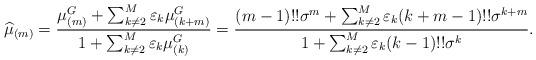
LaTeX: \begin{align*}\widehat{\mu}_{(m)}=\frac{\mu_{(m)}^{G}+\sum_{k \neq 2}^{M} \varepsilon_{k} \mu_{(k+m)}^{G}}{1+\sum_{k \neq 2}^{M} \varepsilon_{k} \mu_{(k)}^{G}}=\frac{(m-1)!!\sigma^{m}+\sum_{k \neq 2}^{M} \varepsilon_{k} (k+m-1)!! \sigma^{k+m}}{1+\sum_{k \neq 2}^{M} \varepsilon_{k} (k-1)!! \sigma^{k}}. \end{align*}